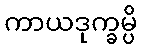
ကာယဒုက္ခမ္ပိ